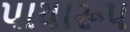
પાયારૂપ